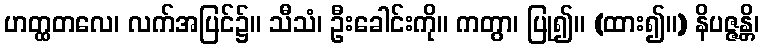
ဟတ္ထတလေ၊ လက်အပြင်၌။ သီသံ၊ ဦးခေါင်းကို။ ကတွာ၊ ပြု၍။ (ထား၍။) နိပဇ္ဇန္တိ၊